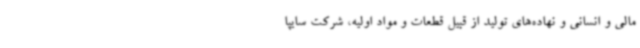
مالی و انسانی و نهاده‌های تولید از قبیل قطعات و مواد اولیه، شرکت سایپا